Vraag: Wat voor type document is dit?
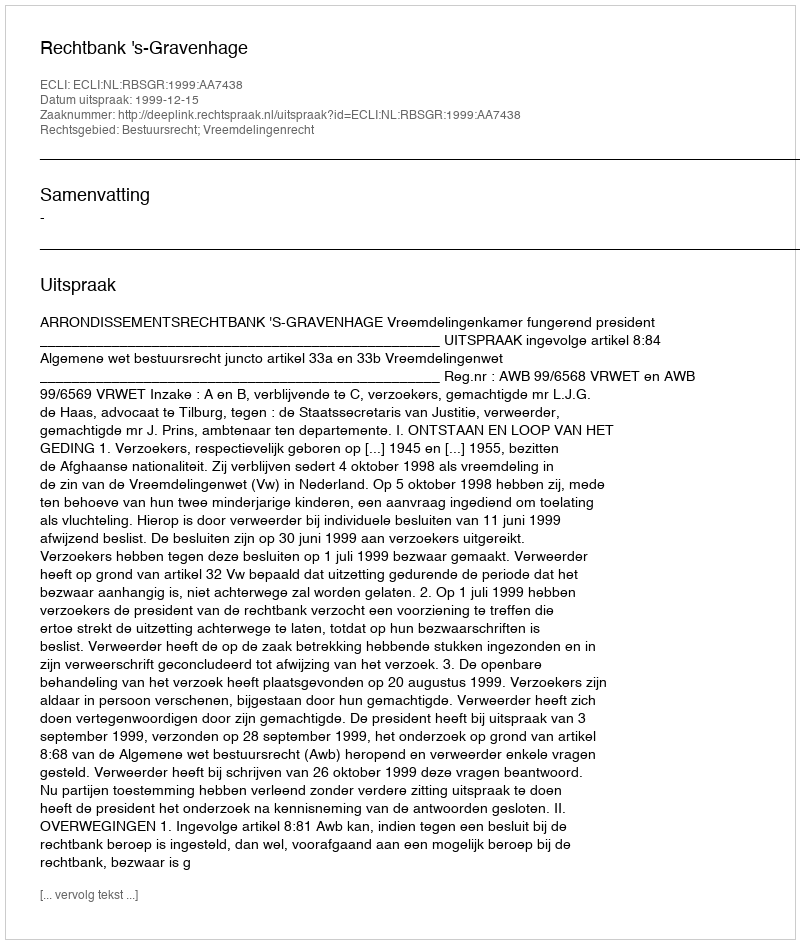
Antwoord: Uitspraak